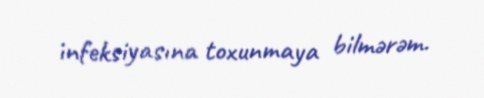
infeksiyasına toxunmaya bilmərəm.